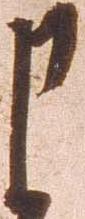
申